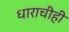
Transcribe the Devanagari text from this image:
धाराचीही